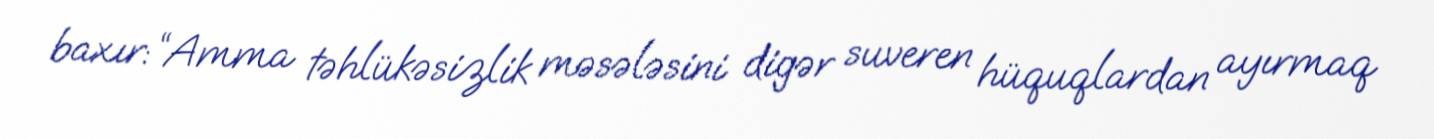
baxır: “Amma təhlükəsizlik məsələsini digər suveren hüquqlardan ayırmaq